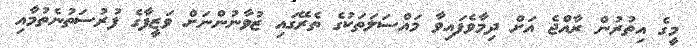
މީގެ އިތުރުން ރާއްޖެ އަށް ދިމާވެފައިވާ މައްސަލަތަކުގެ ތެރޭގައި ޒުވާނުންނަށް ވަޒީފާގެ ފުރުސަތުނެތުމާއި